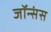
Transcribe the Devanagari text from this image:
जॉन्संस